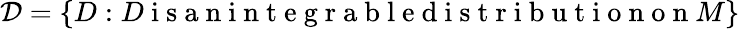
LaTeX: \mathcal{D}=\{ D:D\mathrm{~i~s~a~n~i~n~t~e~g~r~a~b~l~e~d~i~s~t~r~i~b~u~t~i~o~n~o~n~}M\}